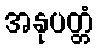
အနုပတ္တံ